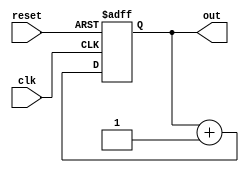
module counter(out, clk, reset);

  parameter WIDTH = 8;

  output [WIDTH-1 : 0] out;
  input clk, reset;

  reg [WIDTH-1 : 0] out;
  wire clk, reset;

  always @(posedge clk or posedge reset)
    if (reset)
      out <= 0;
    else
      out <= out + 1;

endmodule // counter